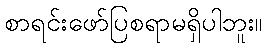
စာရင်းဖော်ပြစရာမရှိပါဘူး။